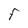
Character: F